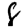
Digit: 8